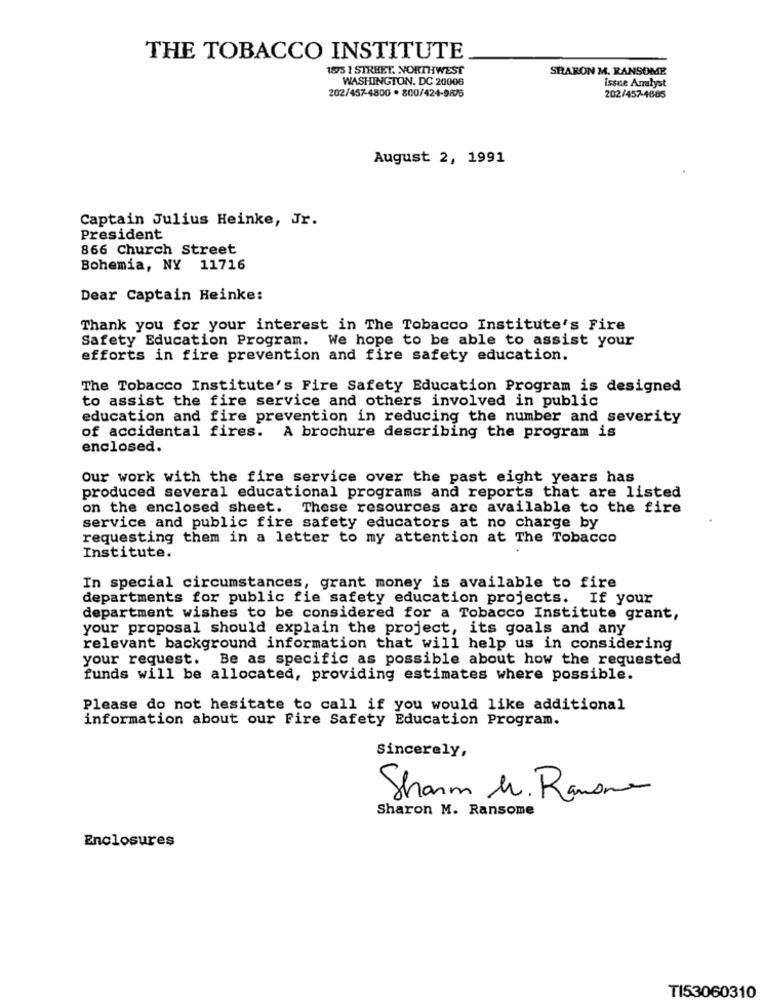
THE TOBACCO INSTITUTE
1875 1 STREET. NORTHWEST
SHARON M. RANSOME
WASHINGTON, DC 20006
202/457-4800 . 800/424-9875
issue Analyst
202/457-4885
August 2, 1991
Captain Julius Heinke, Jr.
President
866 Church Street
Bohemia, NY 11716
Dear Captain Heinke:
Thank you for your interest in The Tobacco Institute's Fire
Safety Education Program. We hope to be able to assist your
efforts in fire prevention and fire safety education.
The Tobacco Institute's Fire Safety Education Program is designed
to assist the fire service and others involved in public
education and fire prevention in reducing the number and severity
of accidental fires. A brochure describing the program is
enclosed.
our work with the fire service over the past eight years has
produced several educational programs and reports that are listed
on the enclosed sheet. These resources are available to the fire
service and public fire safety educators at no charge by
requesting them in a letter to my attention at The Tobacco
Institute.
In special circumstances, grant money is available to fire
departments for public fie safety education projects. If your
department wishes to be considered for a Tobacco Institute grant,
your proposal should explain the project, its goals and any
relevant background information that will help us in considering
your request. Be as specific as possible about how the requested
funds will be allocated, providing estimates where possible.
Please do not hesitate to call if you would like additional
information about our Fire Safety Education Program.
Sincerely,
Sharm Mr. Ramona
Sharon M. Ransome
Enclosures
TI53060310